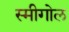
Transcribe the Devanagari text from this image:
स्मीगोल